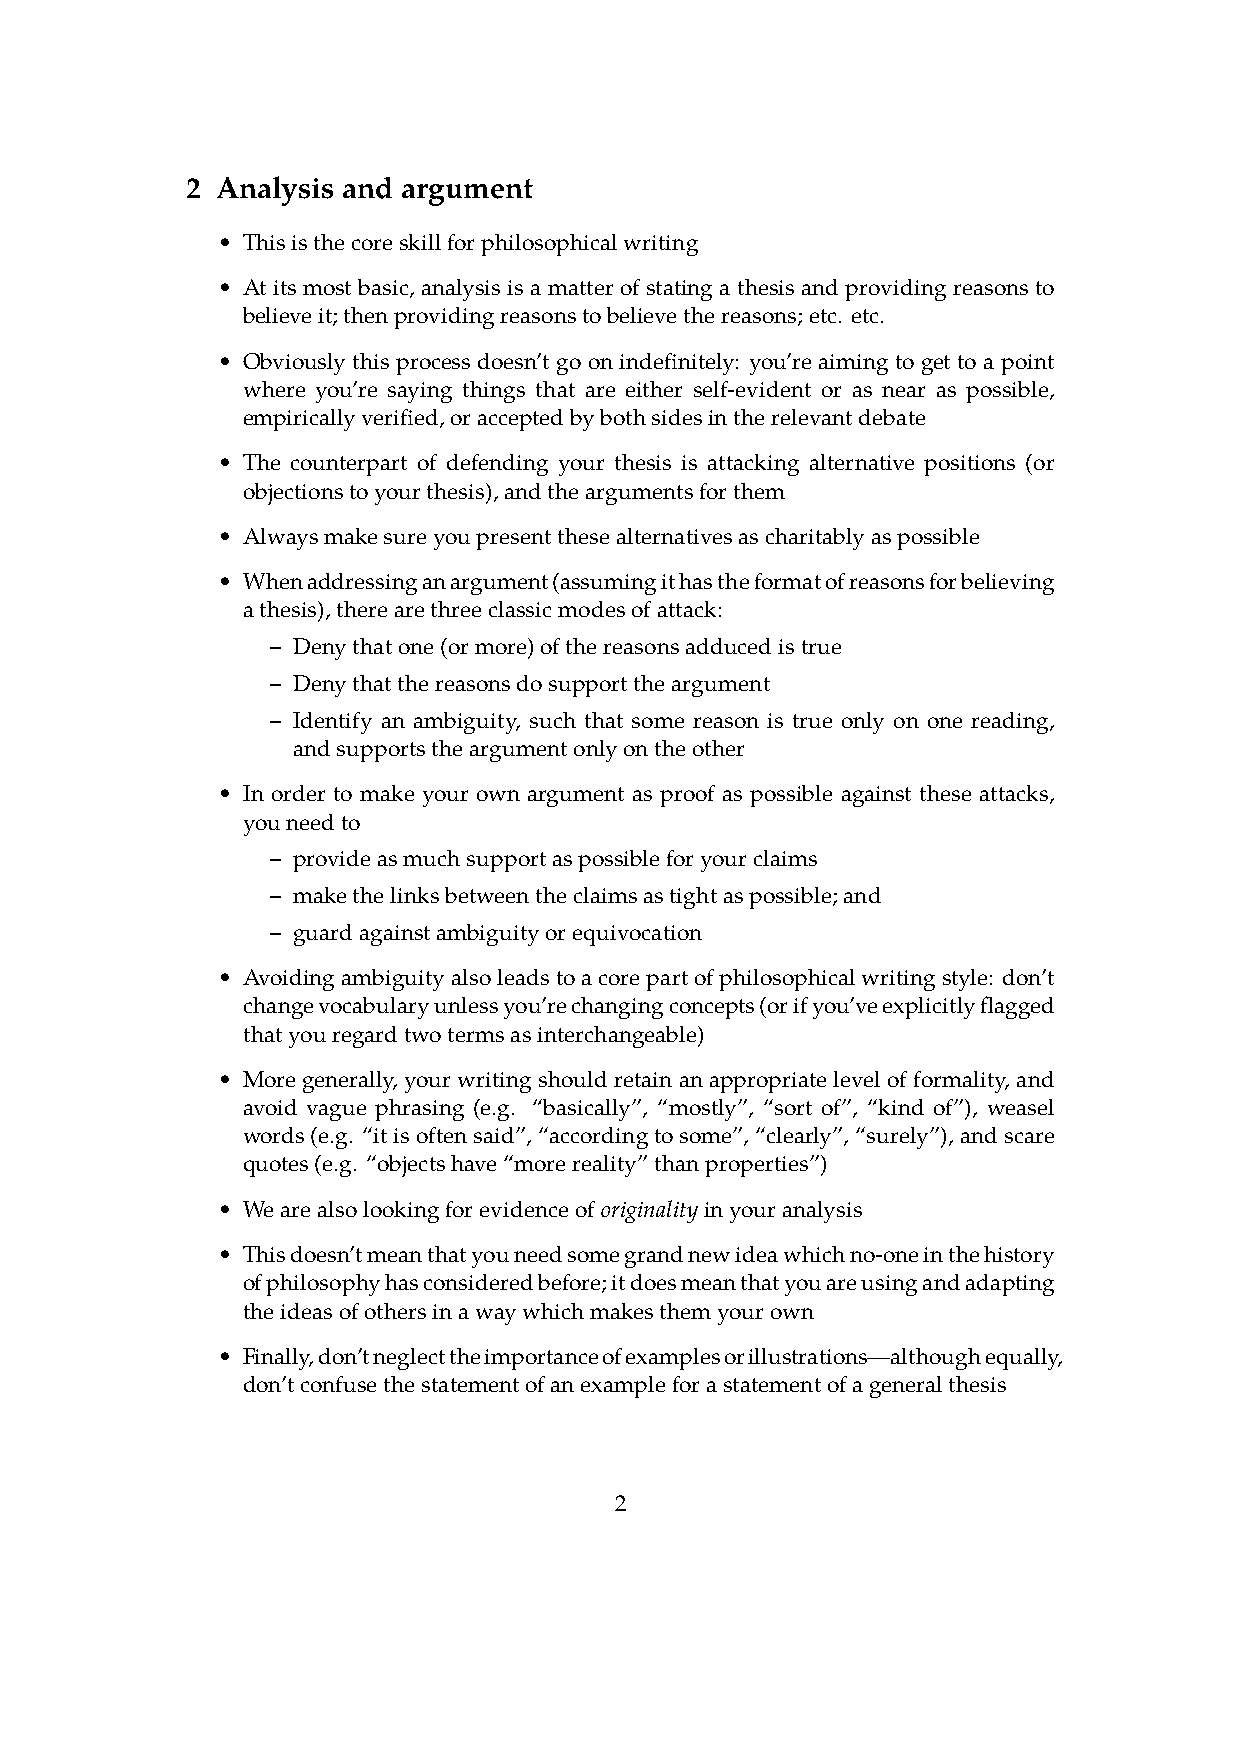
2 Analysis and argument
 •
 Thisisthecoreskillforphilosophicalwriting
 •
 Atitsmostbasic, analysisisamatterofstatingathesisandprovidingreasonsto
 believeit;thenprovidingreasonstobelievethereasons;etc. etc.
 •
 Obviouslythisprocessdoesn’tgoonindefinitely: you’reaimingtogettoapoint
 where you’re saying things that are either self-evident or as near as possible,
 empiricallyverified,oracceptedbybothsidesintherelevantdebate
 •
 The counterpart of defending your thesis is attacking alternative positions (or
 objectionstoyourthesis),andtheargumentsforthem
 •
 Alwaysmakesureyoupresentthesealternativesascharitablyaspossible
 •
 Whenaddressinganargument(assumingithastheformatofreasonsforbelieving
 athesis),therearethreeclassicmodesofattack:
 – Denythatone(ormore)ofthereasonsadducedistrue
 – Denythatthereasonsdosupporttheargument
 – Identify an ambiguity, such that some reason is true only on one reading,
 andsupportstheargumentonlyontheother
 •
 In order to make your own argument as proof as possible against these attacks,
 youneedto
 – provideasmuchsupportaspossibleforyourclaims
 – makethelinksbetweentheclaimsastightaspossible;and
 – guardagainstambiguityorequivocation
 •
 Avoidingambiguityalsoleadstoacorepartofphilosophicalwritingstyle: don’t
 changevocabularyunlessyou’rechangingconcepts(orifyou’veexplicitlyflagged
 thatyouregardtwotermsasinterchangeable)
 •
 Moregenerally,yourwritingshouldretainanappropriatelevelofformality,and
 avoid vague phrasing (e.g. “basically”, “mostly”, “sort of”, “kind of”), weasel
 words(e.g. “itisoftensaid”,“accordingtosome”,“clearly”,“surely”),andscare
 quotes(e.g. “objectshave“morereality”thanproperties”)
 • Wearealsolookingforevidenceoforiginalityinyouranalysis
 •
 Thisdoesn’tmeanthatyouneedsomegrandnewideawhichno-oneinthehistory
 ofphilosophyhasconsideredbefore;itdoesmeanthatyouareusingandadapting
 theideasofothersinawaywhichmakesthemyourown
 •
 Finally,don’tneglecttheimportanceofexamplesorillustrations—althoughequally,
 don’tconfusethestatementofanexampleforastatementofageneralthesis
 2